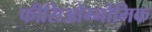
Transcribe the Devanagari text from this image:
फीसिओग्नोमिक